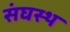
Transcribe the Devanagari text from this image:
संघस्थ